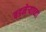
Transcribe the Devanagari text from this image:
बडनेर्‍याच्या